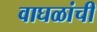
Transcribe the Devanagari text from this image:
वाघळांची